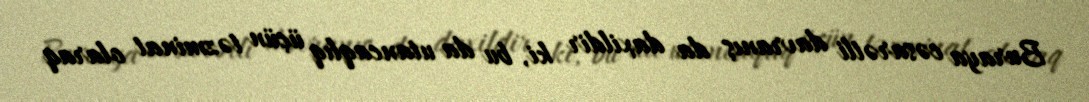
Buraya cəsarətli davranış da daxildir ki, bu da utancaqlıq üçün təzminat olaraq